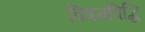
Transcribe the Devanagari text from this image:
विषमविद्धि